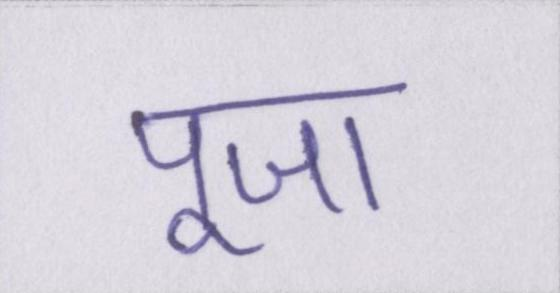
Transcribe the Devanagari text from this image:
पूजा